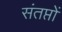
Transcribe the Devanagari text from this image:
संतप्तों